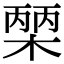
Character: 𭫒